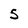
Character: 5